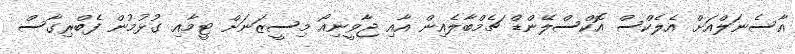
އާސެނަލްއަށް އެލެކްސް އޮކްސްލޭންޑް ޗެމްބާލެއިން އާއި ޖާވީނިއޯ މިސީޒަނަށް ޓީމާއި ގުޅުމުން ފެބްރިގާސް